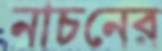
নাচনের